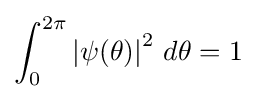
\int _{0}^{2\pi }\left|\psi (\theta )\right|^{2}\,d\theta =1\